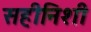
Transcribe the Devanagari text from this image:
सहीनिशी